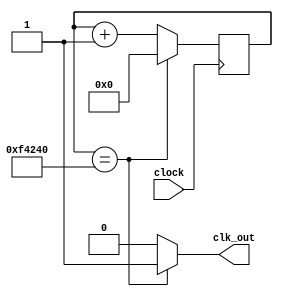
`timescale 1ns / 1ps
//////////////////////////////////////////////////////////////////////////////////
// Company: 
// Engineer: 
// 
// Design Name: 
// Module Name: divide
// Project Name: 
// Target Devices: 
// Tool Versions: 
// Description: 
// 
// Dependencies: 
// 
// Revision:
// Revision 0.01 - File Created
// Additional Comments:
// 
//////////////////////////////////////////////////////////////////////////////////


module divide (
    input clock,
    output clk_out
);
    reg elapsed; //elapsed time 1 second
    reg [27:0] state;
    
    always @(posedge clock)
        if(state == 1000000) state <= 0;
        else state <= state + 1;
    always @(state)
        if(state == 1000000) elapsed = 1;
        else elapsed = 0;
    assign clk_out = elapsed;
endmodule